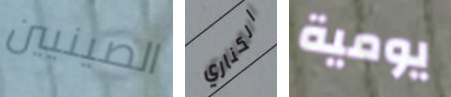
الصينيين الكناري يومية